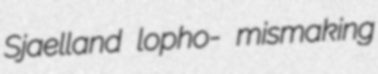
Sjaelland lopho- mismaking